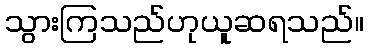
သွားကြသည်ဟုယူဆရသည်။